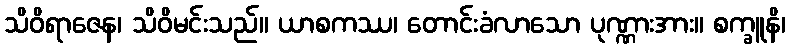
သိဝိရာဇေန၊ သိဝိမင်းသည်။ ယာစကဿ၊ တောင်းခံလာသော ပုဏ္ဏားအား။ စက္ခူနိ၊